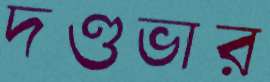
দণ্ডভার